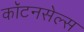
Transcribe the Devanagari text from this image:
कॉटनसेल्स